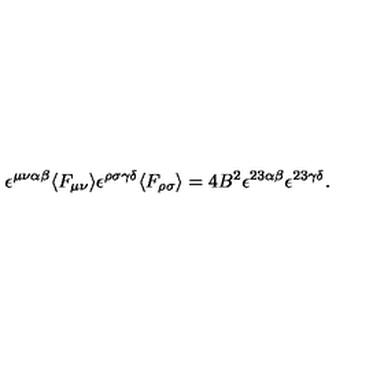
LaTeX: \epsilon ^ { \mu \nu \alpha \beta } \langle F _ { \mu \nu } \rangle \epsilon ^ { \rho \sigma \gamma \delta } \langle F _ { \rho \sigma } \rangle = 4 B ^ { 2 } \epsilon ^ { 2 3 \alpha \beta } \epsilon ^ { 2 3 \gamma \delta } .